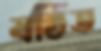
ষষ্ঠিত